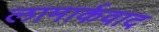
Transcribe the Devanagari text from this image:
लामार्कवाद